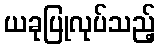
ယခုပြုလုပ်သည့်